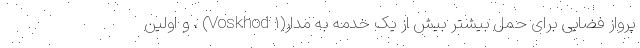
پرواز فضایی برای حمل بیشتر بیش از یک خدمه به مدار(Voskhod ۱) ، و اولین